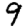
Digit: 9